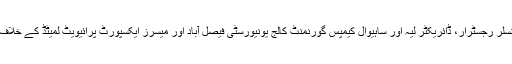
نیب کے ایگزیکٹو بورڈ کے اجلاس میں ذاکر حسین سابق وائس چانسلر رجسٹرار، ڈائریکٹر لیہ اور ساہیوال کیمپس گورنمنٹ کالج یونیورسٹی فیصل آباد اور میسرز ایکسپورٹ پرائیویٹ لمیٹڈ کے خلاف عدم ثبوت کی بنائ پر انکوائریاں بند کرنے کی منظوری دی گئی۔